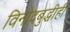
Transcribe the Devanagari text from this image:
विनोदबुद्धीही